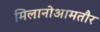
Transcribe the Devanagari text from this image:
मिलानोआमतौर